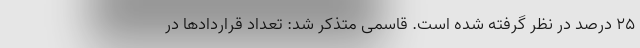
۲۵ درصد در نظر گرفته شده است. قاسمی متذکر شد: تعداد قراردادها در